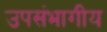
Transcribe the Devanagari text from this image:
उपसंभागीय